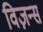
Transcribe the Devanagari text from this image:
विज़न्स